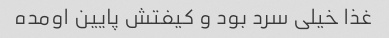
غذا خیلی سرد بود و کیفتش پایین اومده